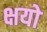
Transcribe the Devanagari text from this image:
क्षयो